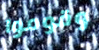
وقوموا